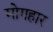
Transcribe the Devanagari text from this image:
मोगहार